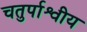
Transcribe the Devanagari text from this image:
चतुर्पाश्वीय